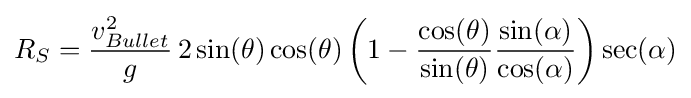
R_{S}={\frac {v_{Bullet}^{2}}{g}}\,2\sin(\theta )\cos(\theta )\left(1-{\frac {\cos(\theta )}{\sin(\theta )}}{\frac {\sin(\alpha )}{\cos(\alpha )}}\right)\sec(\alpha )